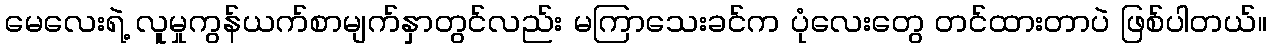
မေလေးရဲ့ လူမှုကွန်ယက်စာမျက်နှာတွင်လည်း မကြာသေးခင်က ပုံလေးတွေ တင်ထားတာပဲ ဖြစ်ပါတယ်။